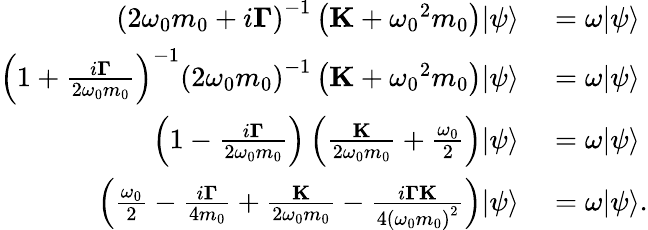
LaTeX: \begin{array}{rl}{{{\left({2{\omega_{0}}m_{0}+i{\mathbf{\Gamma}}}\right)}^{-1}}\left({{\mathbf{K}}+{\omega_{0}}^{2}m_{0}}\right){\left|\psi\right\rangle}}&{{}=\omega{\left|\psi\right\rangle}}\\ {{{\left({1+\frac{{i{\mathbf{\Gamma}}}}{{2{\omega_{0}}m_{0}}}}\right)}^{-1}}{{\left({2{\omega_{0}}}m_{0}\right)}^{-1}}\left({{\mathbf{K}}+{\omega_{0}}^{2}m_{0}}\right){\left|\psi\right\rangle}}&{{}=\omega{\left|\psi\right\rangle}}\\ {\left({1-\frac{{i{\mathbf{\Gamma}}}}{{2{\omega_{0}}m_{0}}}}\right)\left({\frac{{\mathbf{K}}}{{2{\omega_{0}}m_{0}}}+\frac{{{\omega_{0}}}}{2}}\right){\left|\psi\right\rangle}}&{{}=\omega{\left|\psi\right\rangle}}\\ {\left({\frac{{{\omega_{0}}}}{2}-\frac{{i{\mathbf{\Gamma}}}}{4m_{0}}+\frac{{\mathbf{K}}}{{2{\omega_{0}}m_{0}}}-\frac{{i{\mathbf{\Gamma}\mathbf{K}}}}{{4{(\omega_{0}m_{0})}^{2}}}}\right){\left|\psi\right\rangle}}&{{}=\omega{\left|\psi\right\rangle}.}\end{array}